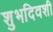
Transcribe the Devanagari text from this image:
शुभदिवशी